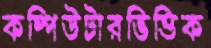
কম্পিউটারভিত্তিক